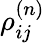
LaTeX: \rho_{ij}^{(n)}